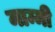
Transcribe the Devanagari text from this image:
माम्मी